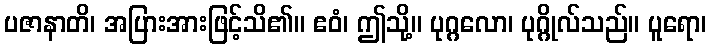
ပဇာနာတိ၊ အပြားအားဖြင့်သိ၏။ ဧဝံ၊ ဤသို့။ ပုဂ္ဂလော၊ ပုဂ္ဂိုလ်သည်။ ပူရော၊